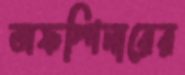
অফস্পিনারের